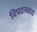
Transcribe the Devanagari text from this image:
विघटनवाद